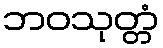
ဘဝသုတ္တံ